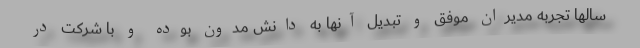
سالها تجربه مدیران موفق و تبدیل آنها به دانش مدون بوده و با شرکت در